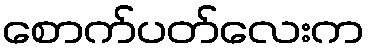
စောက်ပတ်လေးက